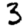
Digit: 3